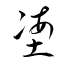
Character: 塰